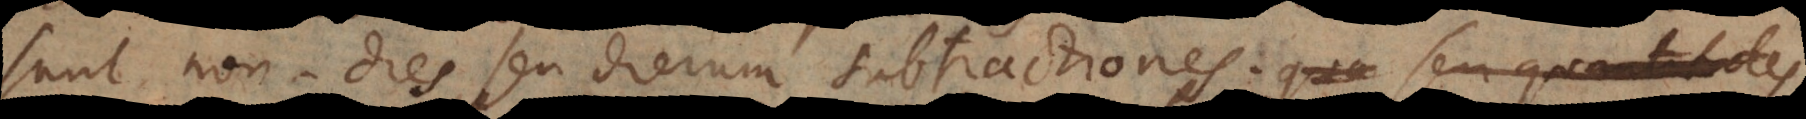
sunt non‐dies, seu dierum subtractiones, qua seu quantitates